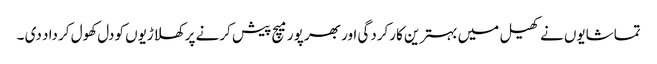
تماشایوں نے کھیل میں بہترین کارکردگی اور بھر پور میچ پیش کرنے پر کھلاڑیوں کودل کھول کر داد دی ۔